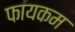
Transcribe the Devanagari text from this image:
फायकम